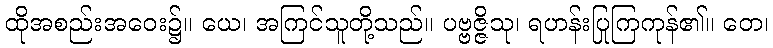
ထိုအစည်းအဝေး၌။ ယေ၊ အကြင်သူတို့သည်။ ပဗ္ဗဇ္ဇိသု၊ ရဟန်းပြုကြကုန်၏။ တေ၊